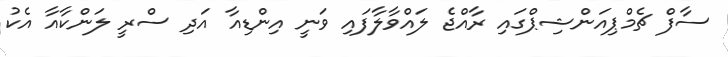
ސާފް ޗެމްޕިއަންޝިޕްގައި ރާއްޖެ ލައްވާލާފައި ވަނީ އިންޑިއާ އަދި ސްރީ ލަންކާއާ އެކު